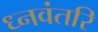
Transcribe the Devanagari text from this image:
ध्नवंतरि